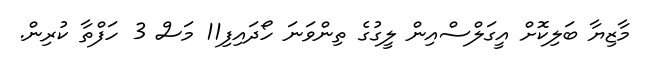
މާޒިޔާ ބަލިކޮށް އީގަލްސްއިން ލީގުގެ ތިންވަނަ ހޯދައިފި11 މަސް 3 ހަފްތާ ކުރިން.